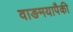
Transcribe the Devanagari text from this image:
वाङमयापैकी